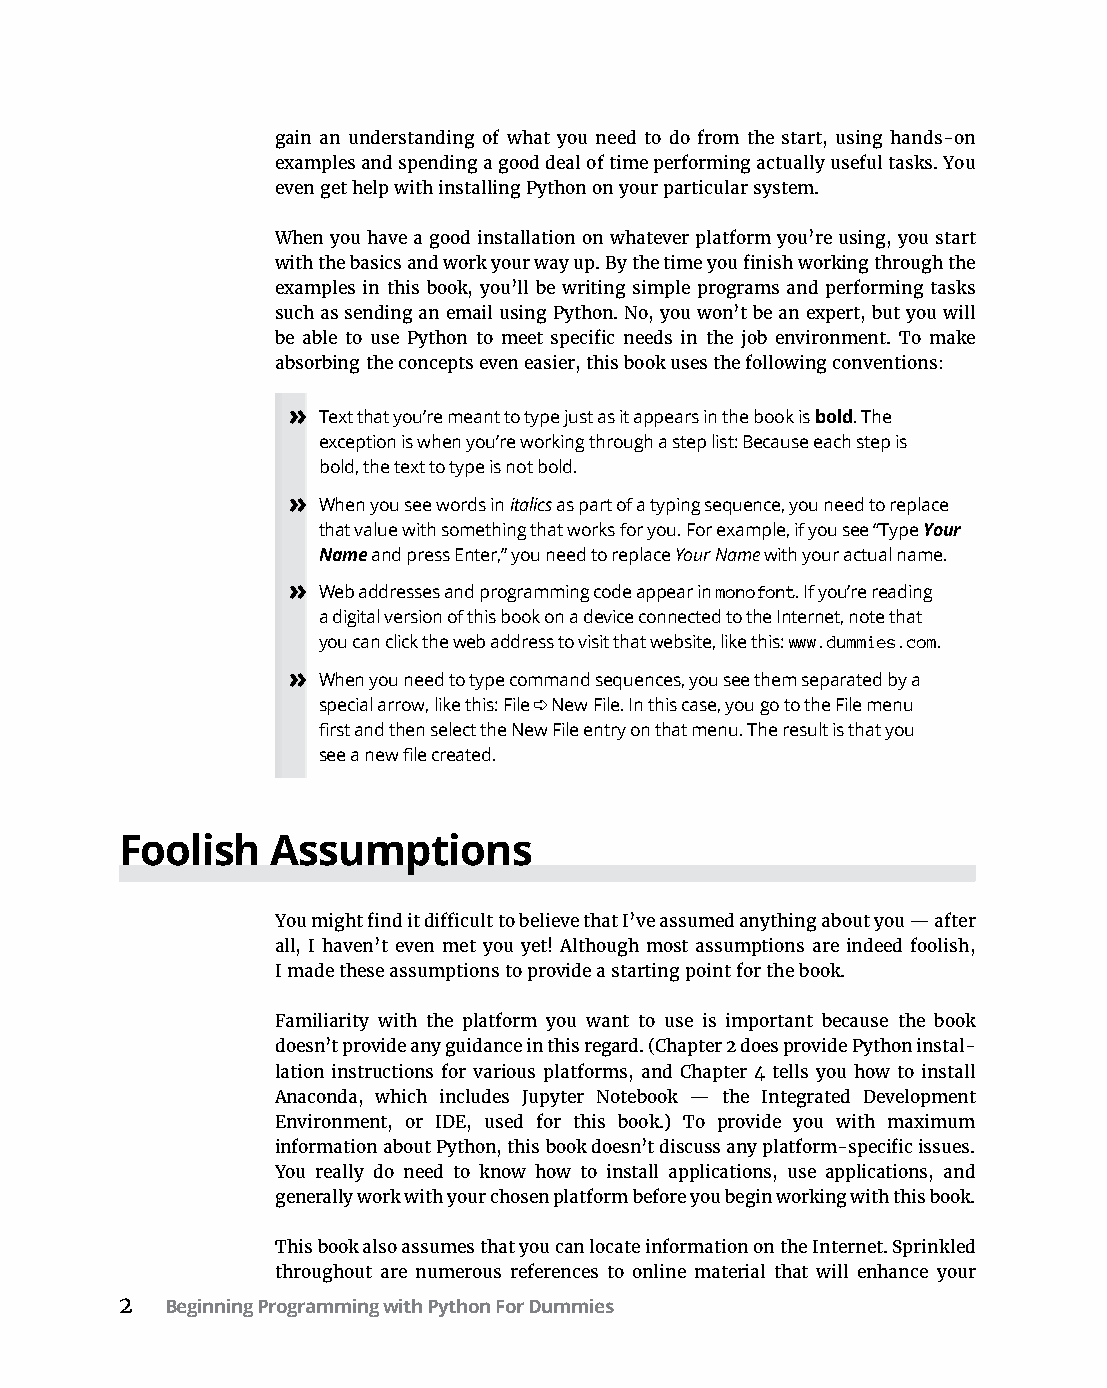
gain an understanding of what you need to do from the start, using hands-on
 examples and spending a good deal of time performing actually useful tasks. You
 even get help with installing Python on your particular system.
 When you have a good installation on whatever platform you’re using, you start
 with the basics and work your way up. By the time you finish working through the
 examples in this book, you’ll be writing simple programs and performing tasks
 such as sending an email using Python. No, you won’t be an expert, but you will
 be able to use Python to meet specific needs in the job environment. To make
 absorbing the concepts even easier, this book uses the following conventions:
 » Text that you’re meant to type just as it appears in the book is bold. The
 exception is when you’re working through a step list: Because each step is
 bold, the text to type is not bold.
 » When you see words in italics as part of a typing sequence, you need to replace
 that value with something that works for you. For example, if you see “Type Your
 Name and press Enter,” you need to replace Your Name with your actual name.
 » Web addresses and programming code appear in monofont. If you’re reading
 a digital version of this book on a device connected to the Internet, note that
 you can click the web address to visit that website, like this: www.dummies.com.
 » When you need to type command sequences, you see them separated by a
 special arrow, like this: File ➪ New File. In this case, you go to the File menu
 first and then select the New File entry on that menu. The result is that you
 see a new file created.
 Foolish   Assumptions
 You might find it difficult to believe that I’ve assumed anything about you — after
 all, I haven’t even met you yet! Although most assumptions are indeed foolish,
 I made these assumptions to provide a starting point for the book.
 Familiarity with the platform you want to use is important because the book
 doesn’t provide any guidance in this regard. (Chapter 2 does provide Python instal-
 lation instructions for various platforms, and Chapter 4 tells you how to install
 Anaconda, which includes Jupyter Notebook — the Integrated Development
 Environment, or IDE, used for this book.) To provide you with maximum
 information about Python, this book doesn’t discuss any platform-specific issues.
 You really do need to know how to install applications, use applications, and
 generally work with your chosen platform before you begin working with this book.
 This book also assumes that you can locate information on the Internet. Sprinkled
 throughout are numerous references to online material that will enhance your
 2  Beginning Programming with Python For Dummies